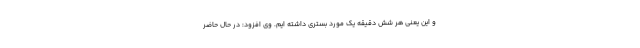
و این یعنی هر شش دقیقه یک مورد بستری داشته ایم. وی افزود: در حال حاضر